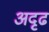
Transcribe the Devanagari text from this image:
अदृढ